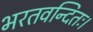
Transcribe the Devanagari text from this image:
भरतवन्दितः।